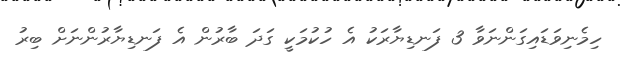
ހިމެނިވަޑައިގަންނަވާ 3 ފަނޑިޔާރަކު އެ ހުކުމަކީ ގަދަ ބާރުން އެ ފަނޑިޔާރުންނަށް ބިރު